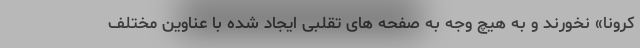
کرونا» نخورند و به هیچ وجه به صفحه های تقلبی ایجاد شده با عناوین مختلف